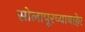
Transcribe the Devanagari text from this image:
सोलापूरच्याबाहेर